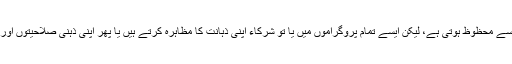
دنیا بھر میں گیم شوز پیش کیے جاتے ہیں اور شائقین اور ناظرین کی بڑی تعداد انِ سے محظوظ ہوتی ہے، لیکن ایسے تمام پروگراموں میں یا تو شرکاء اپنی ذہانت کا مظاہرہ کرتے ہیں یا پھر اپنی ذہنی صلاحیتوں اور استعداد کو بروئے کار لا کر خود کو انِ انعامات کا صحیح حقدار تسلیم کرواتے ہیں۔